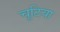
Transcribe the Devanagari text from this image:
चूटिया